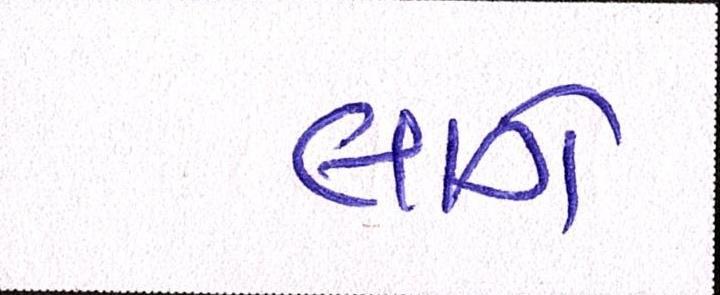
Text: લાગે